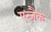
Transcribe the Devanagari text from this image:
एन्ज़ैक